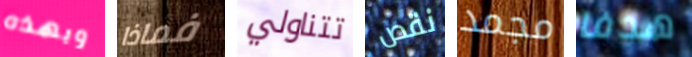
وبهذه فماذا تتناولي نقص مجمد هدفا